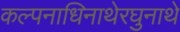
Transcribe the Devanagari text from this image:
कल्पनाधिनाथेरघुनाथे